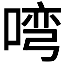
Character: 𭉎